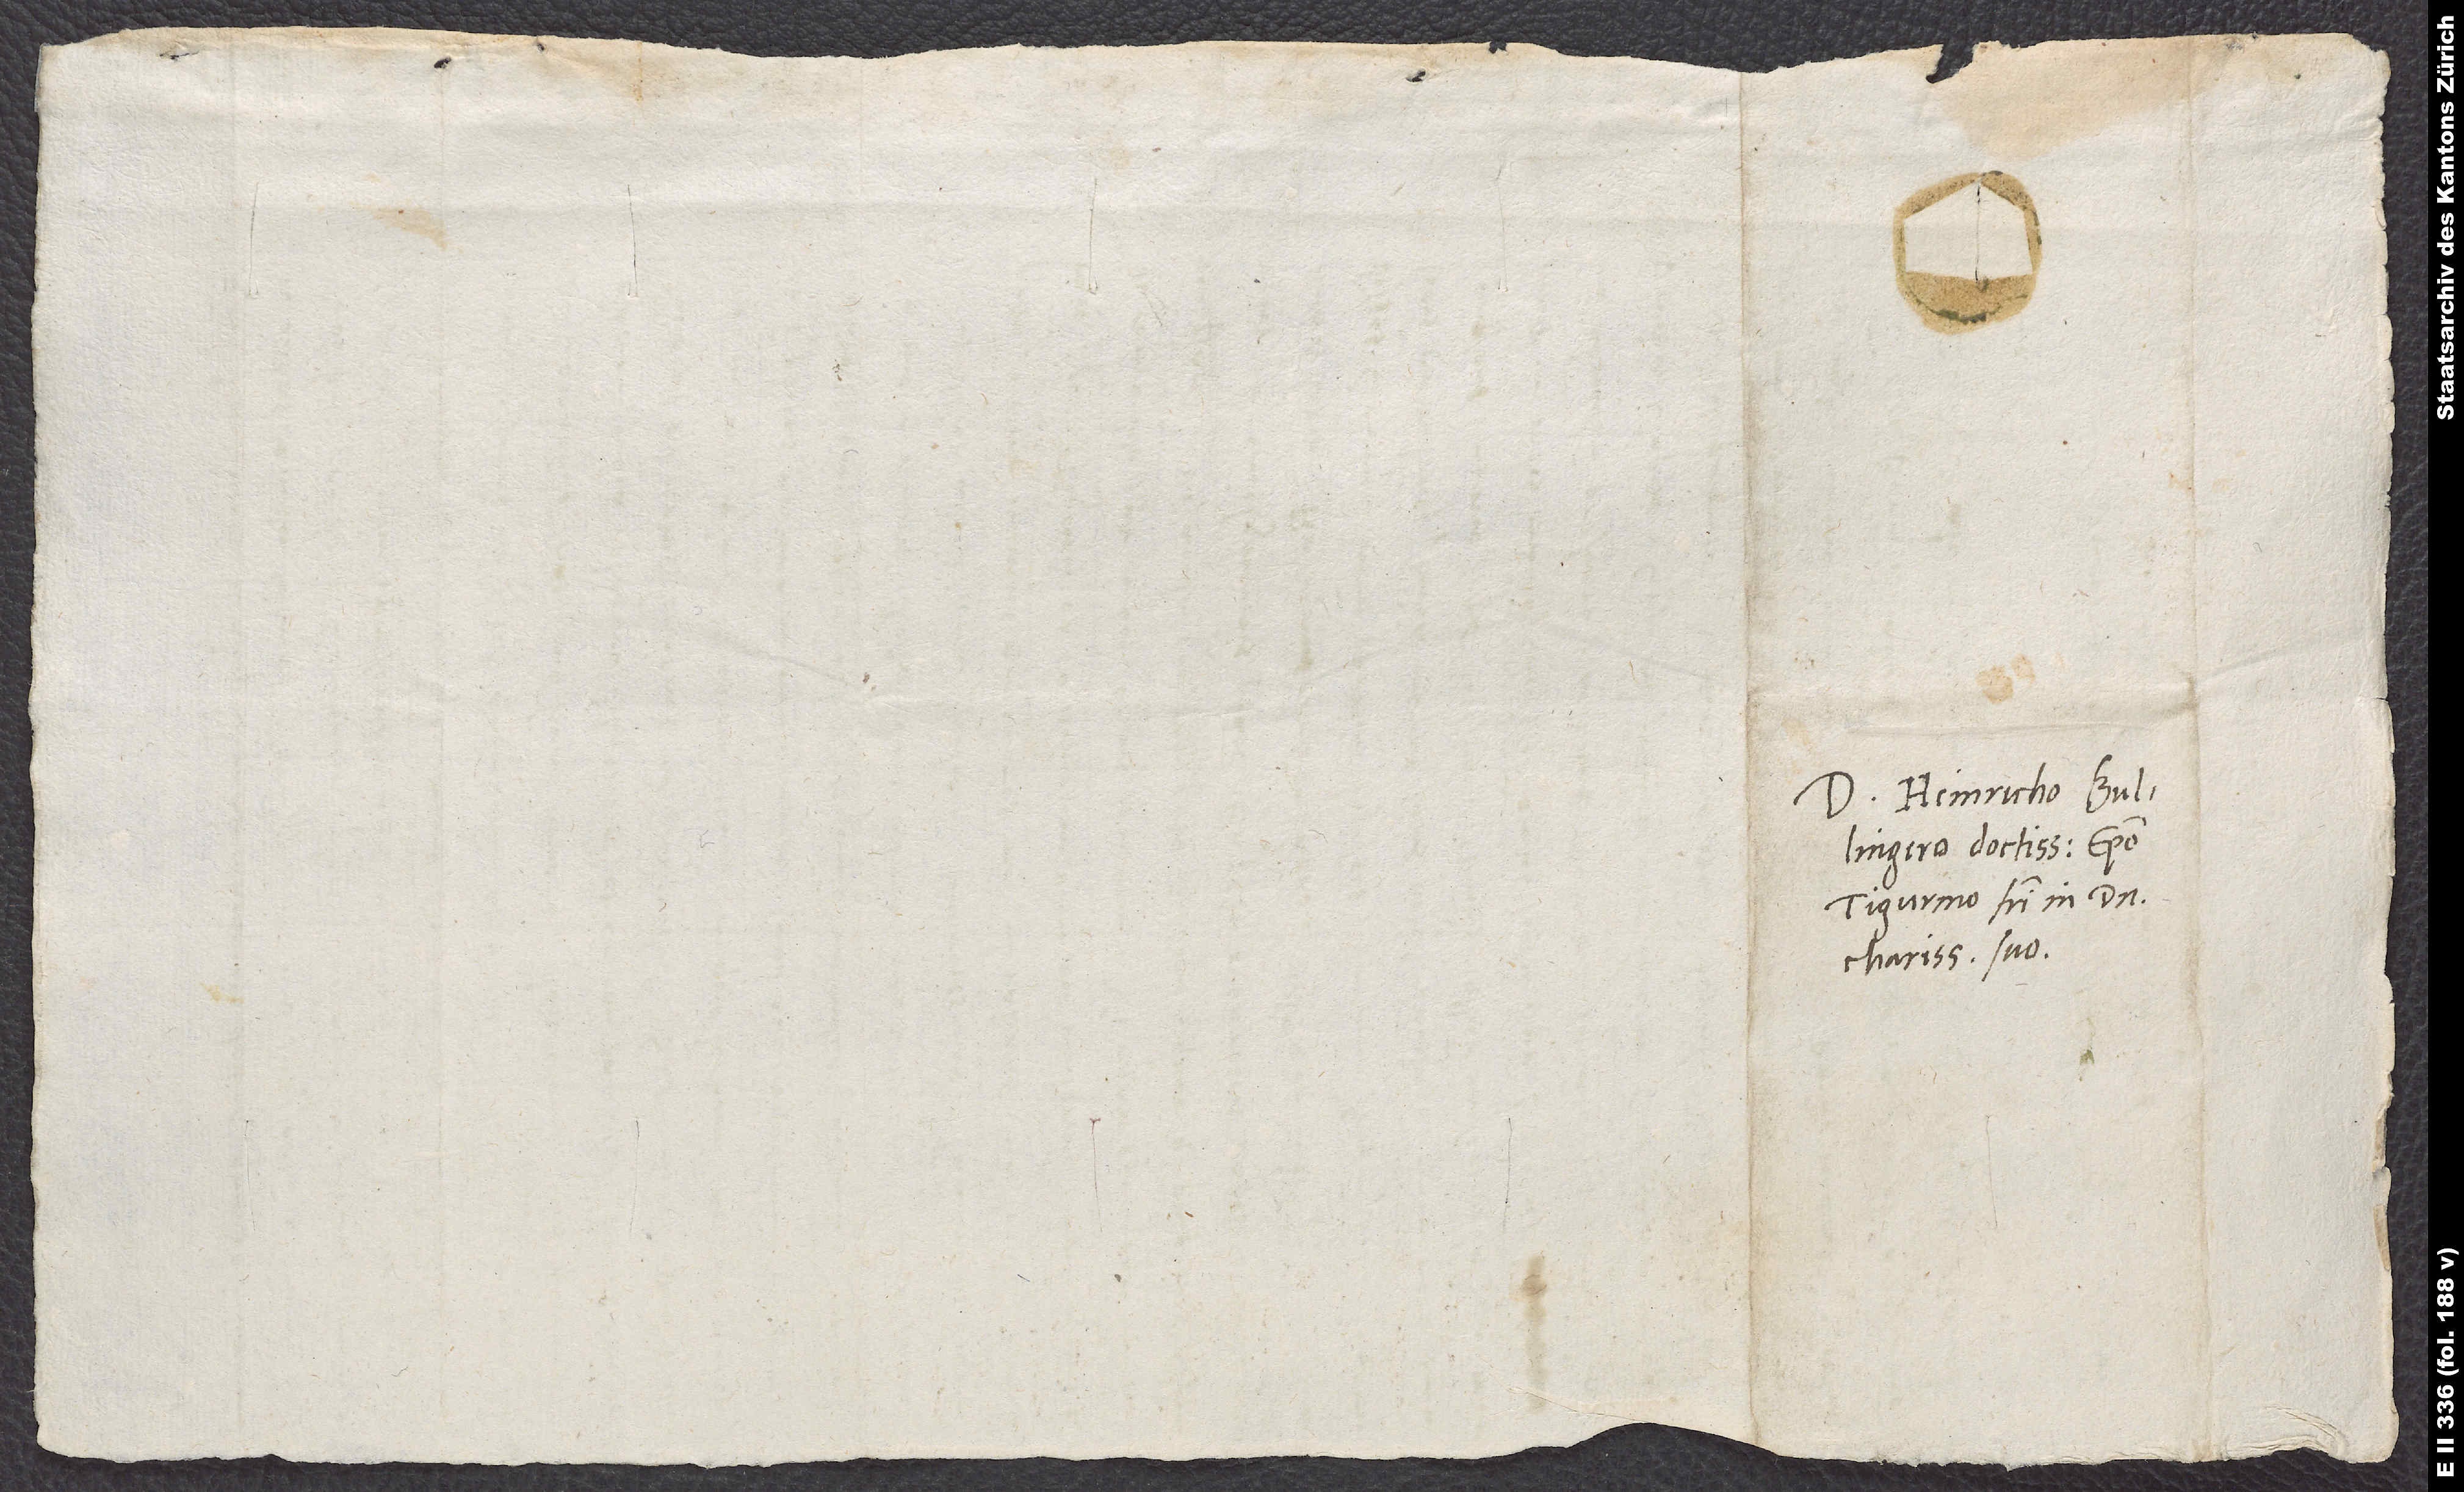
Domino Heinricho Bullingero,
Tigurino, fratri in domino
charissimo suo.